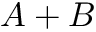
A + B